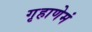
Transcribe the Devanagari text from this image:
गृहाणेमं